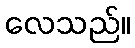
လေသည်။